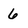
Character: 6